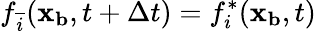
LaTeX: f_{\overline{{i}}}(\mathbf{x_{b}},t+\Delta t)=f_{i}^{*}(\mathbf{x_{b}},t)